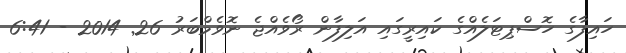
ހައިފާގެ ހޮސްޕިޓަލެއްގެ ކައިރީގައި އަލިފާން ރޯވެއްޖެ ނޮވެމްބަރު 26